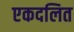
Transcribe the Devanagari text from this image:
एकदलित